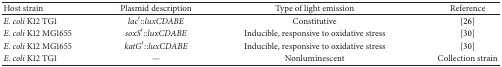
<table><thead><tr><td><b>Host strain</b></td><td><b>Plasmid description</b></td><td><b>Type of light emission</b></td><td><b>Reference</b></td></tr></thead><tbody><tr><td><i>E. coli</i> K12 TG1</td><td><i>lac</i>′::<i>luxCDABE </i></td><td>Constitutive</td><td>[26]</td></tr><tr><td><i>E. coli</i> K12 MG1655</td><td><i>soxS</i>′::<i>luxCDABE </i></td><td>Inducible, responsive to oxidative stress</td><td>[30]</td></tr><tr><td><i>E. coli</i> K12 MG1655</td><td><i>katG</i>′::<i>luxCDABE </i></td><td>Inducible, responsive to oxidative stress</td><td>[30]</td></tr><tr><td><i>E. coli</i> K12 TG1</td><td>—</td><td>Nonluminescent</td><td>Collection strain</td></tr></tbody></table>